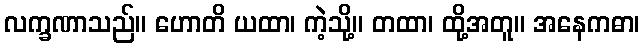
လက္ခဏာသည်။ ဟောတိ ယထာ၊ ကဲ့သို့။ တထာ၊ ထို့အတူ။ အနေကဓာ၊